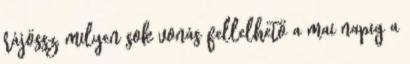
rájössz, milyen sok vonás fellelhető a mai napig a